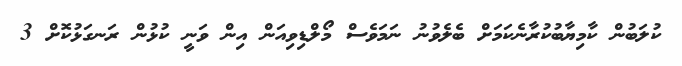
ކުލަބުން ކާމިޔާބުކުރާނެކަމަށް ބެލެވުނު ނަމަވެސް މޯލްޑިވިއަން އިން ވަނީ ކުޅުން ރަނގަޅުކޮށް 3